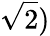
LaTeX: {\sqrt{2}})